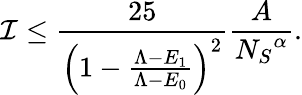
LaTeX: \mathcal I\leq\frac{25}{\left(1-\frac{\Lambda-E_{1}}{\Lambda-E_{0}}\right)^{2}}\frac{A}{{N_{S}}^{\alpha}}.